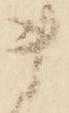
ま